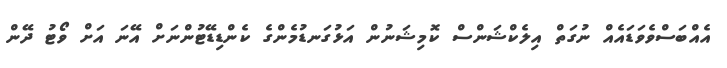
އެއްބަސްވެވަޑައެއް ނުގަތް އިލެކްޝަންސް ކޮމިޝަނުން އަޅުގަނޑުމެންގެ ކެންޑިޑޭޓުންނަށް އޭނަ އަށް ވޯޓު ދޭން